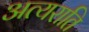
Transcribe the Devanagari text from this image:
अत्यराति